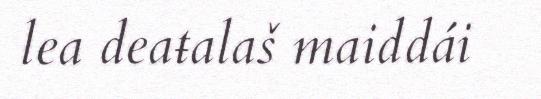
lea deaŧalaš maiddái